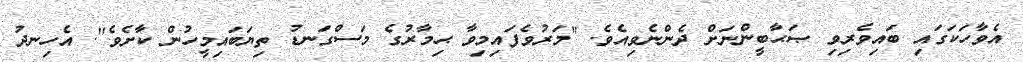
އެވާހަކަގައި ބައިވެރިވި ޞަޙާބީންނަށް ދެންނެވިއެވެ. "މަރުވެފައިމިވާ ޙިމާރުގެ މަސްގަނޑު ތިޔަބައިމީހުން ކާށެވެ". އެހިނދު